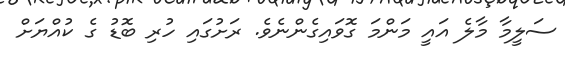
ސަލީމާ މާލެ އައީ މަންމަ ގޮވައިގެންނެވެ. ރަށުގައި ހުރި ބޮޑު ގެ ކުއްޔަށް